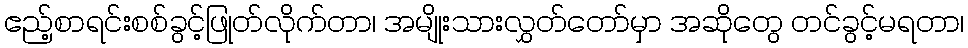
ဧည့်စာရင်းစစ်ခွင့်ဖြုတ်လိုက်တာ၊ အမျိုးသားလွှတ်တော်မှာ အဆိုတွေ တင်ခွင့်မရတာ၊